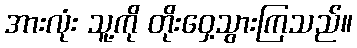
အားလုံး သူ့ကို တိုးဝှေ့သွားကြသည်။